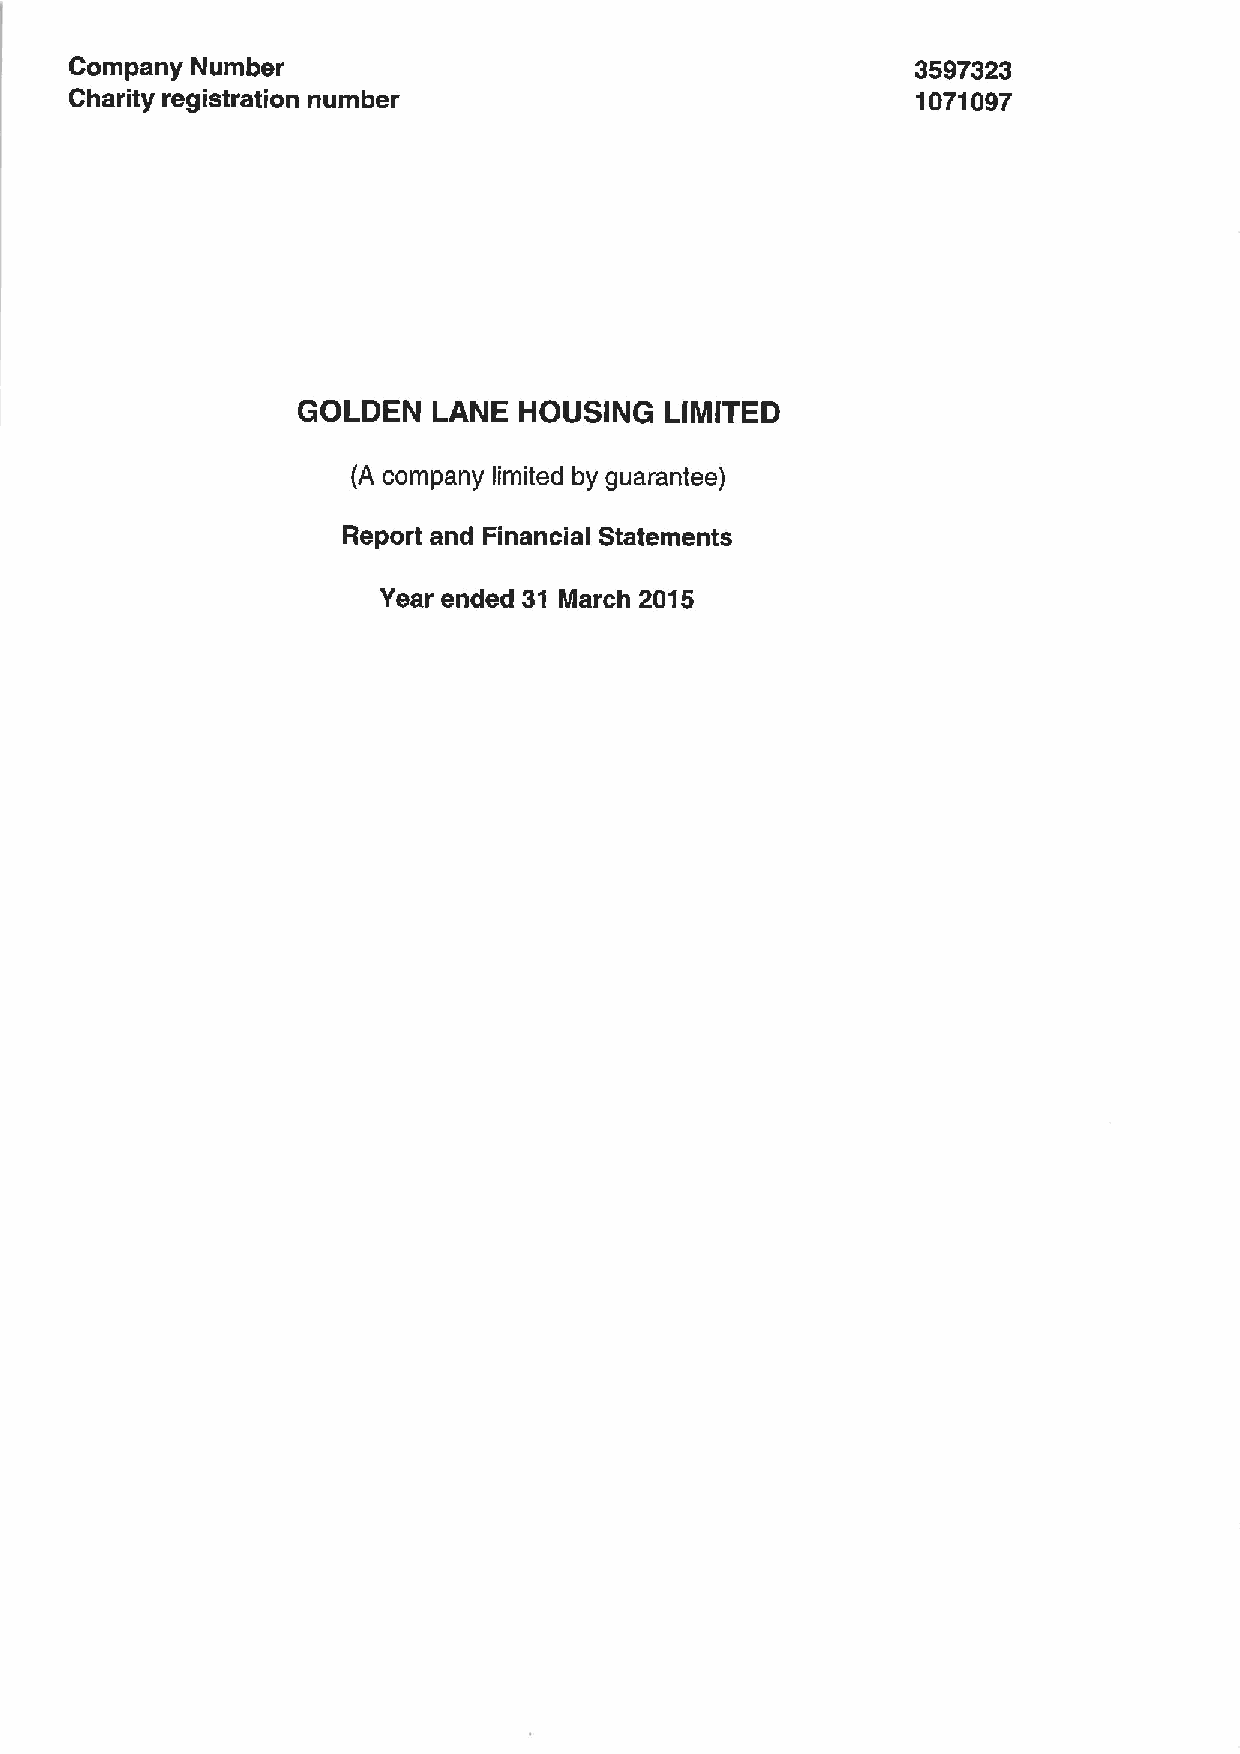
Company Number                                          3597323
 Charity registration number                             1071097
 GOLDEN   LANE HOUSING   LIMITED
 (A company limited by guarantee)
 Report and Financial Statements
 Year ended 31 March 2015